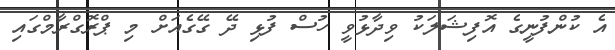
އެ ކުންފުނީގެ އޮފިޝަލަކު ވިދާޅުވީ ހުސް ފުޅި ދޭ ގޭގެއަށް މި ޕްރޮގްރާމްގައި